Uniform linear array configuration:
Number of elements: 64
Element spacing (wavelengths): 1
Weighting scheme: kaiser
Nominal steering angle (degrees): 45
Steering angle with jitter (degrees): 46.718
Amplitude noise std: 0.05
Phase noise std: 0.05

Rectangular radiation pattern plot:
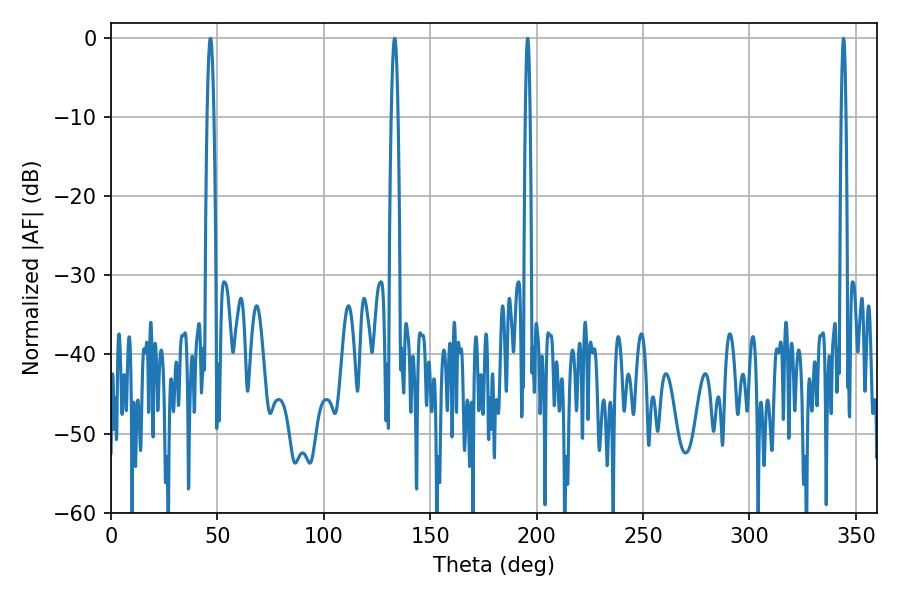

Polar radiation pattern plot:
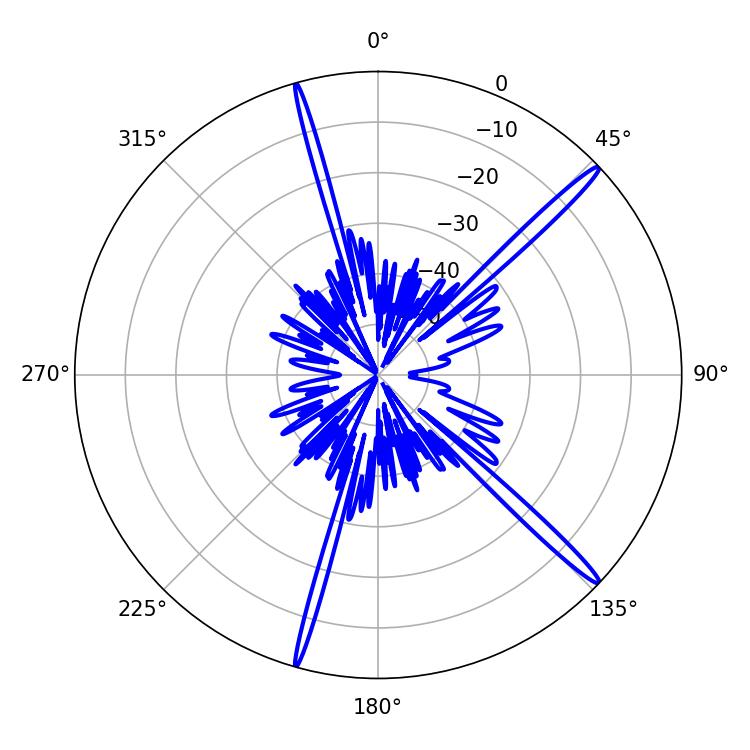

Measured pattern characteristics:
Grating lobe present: TRUE
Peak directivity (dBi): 17.398
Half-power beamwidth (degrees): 1.08
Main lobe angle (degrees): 344.16